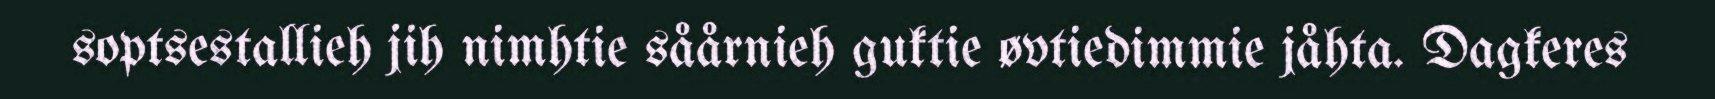
soptsestallieh jih nimhtie såårnieh guktie øvtiedimmie jåhta. Dagkeres